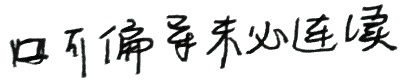
可偏导未必连续